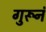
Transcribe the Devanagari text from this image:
गुरूनं